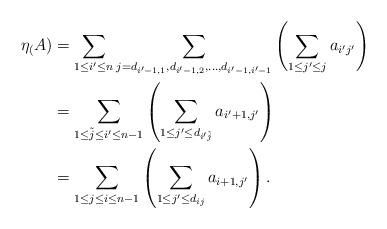
LaTeX: \begin{align*}\eta_(A)&= \sum_{1 \leq i' \leq n}\sum_{j=d_{i'-1,1},d_{i'-1,2},\ldots,d_{i'-1,i'-1}} \left(\sum_{1 \leq j' \leq j} a_{i'j'} \right) \\&= \sum_{1 \leq \tilde{j} \leq i' \leq n-1} \left(\sum_{1 \leq j' \leq d_{i'\tilde{j}}} a_{i'+1,j'} \right) \\&= \sum_{1 \leq j \leq i \leq n-1} \left(\sum_{1 \leq j' \leq d_{ij}} a_{i+1,j'} \right).\end{align*}